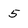
Character: 5